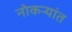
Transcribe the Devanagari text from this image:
नोकर्‍यांत